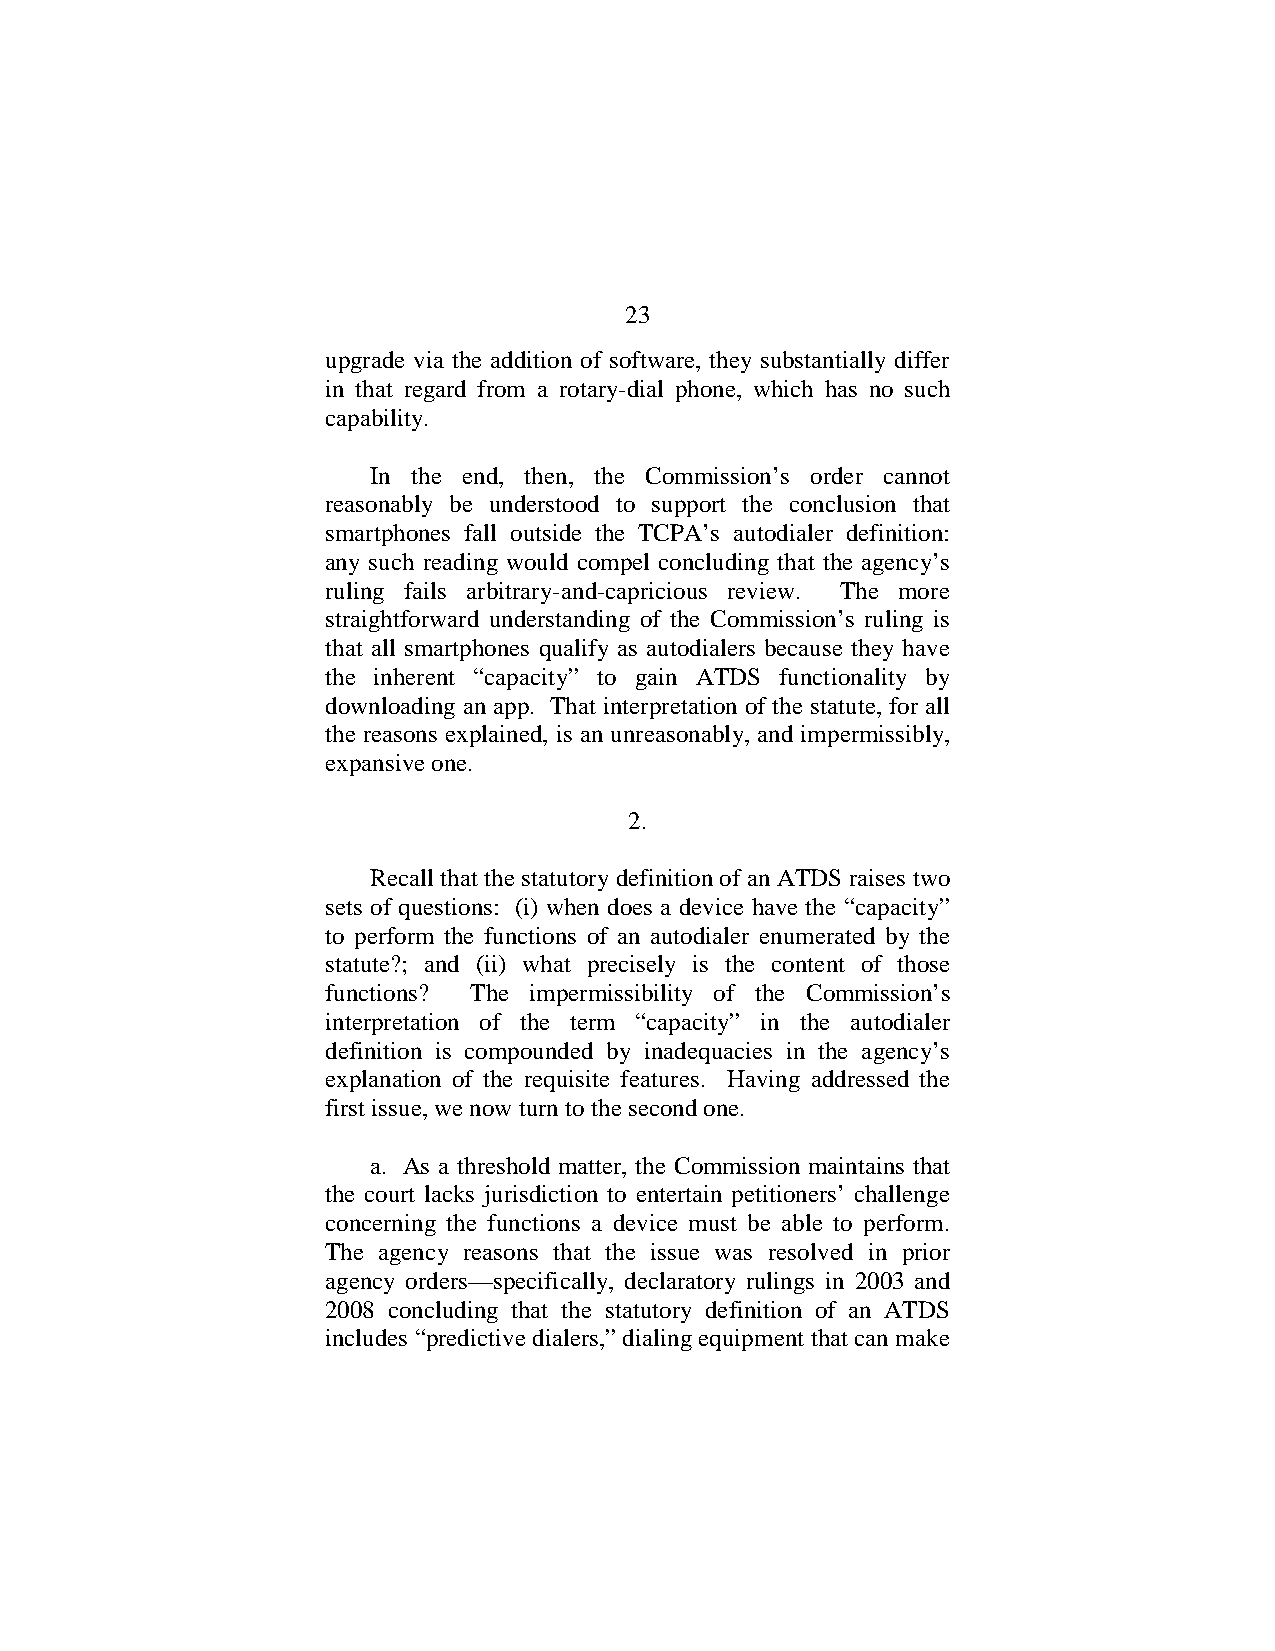
23
 upgrade via the addition of software, they substantially differ
 in that regard from a rotary-dial phone, which has no such
 capability.
 In the end, then, the Commission’s order cannot
 reasonably be understood to support the conclusion that
 smartphones fall outside the TCPA’s autodialer definition:
 any such reading would compel concluding that the agency’s
 ruling fails arbitrary-and-capricious review. The more
 straightforward understanding of the Commission’s ruling is
 that all smartphones qualify as autodialers because they have
 the inherent “capacity” to gain ATDS functionality by
 downloading an app. That interpretation of the statute, for all
 the reasons explained, is an unreasonably, and impermissibly,
 expansive one.
 2.
 Recall that the statutory definition of an ATDS raises two
 sets of questions: (i) when does a device have the “capacity”
 to perform the functions of an autodialer enumerated by the
 statute?; and (ii) what precisely is the content of those
 functions? The impermissibility of the Commission’s
 interpretation of the term “capacity” in the autodialer
 definition is compounded by inadequacies in the agency’s
 explanation of the requisite features. Having addressed the
 first issue, we now turn to the second one.
 a. As a threshold matter, the Commission maintains that
 the court lacks jurisdiction to entertain petitioners’ challenge
 concerning the functions a device must be able to perform.
 The agency reasons that the issue was resolved in prior
 agency orders—specifically, declaratory rulings in 2003 and
 2008 concluding that the statutory definition of an ATDS
 includes “predictive dialers,” dialing equipment that can make